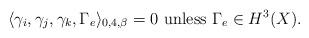
LaTeX: \begin{align*}\langle \gamma_i,\gamma_j, \gamma_k,\Gamma_e\rangle_{0,4,\beta}=0\ \mbox{unless}\ \Gamma_e\in H^3(X).\end{align*}